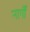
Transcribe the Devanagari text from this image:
नार्गों